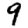
Digit: 9